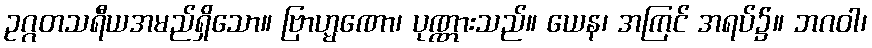
ဥဂ္ဂတသရီယအမည်ရှိသော။ ဗြာဟ္မဏော၊ ပုဏ္ဏားသည်။ ယေန၊ အကြင် အရပ်၌။ ဘဂဝါ၊